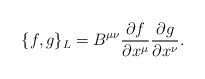
\begin{align*}\{f,g\}_{L}=B^{\mu\nu}\frac{\partial f}{\partial x^\mu}\frac{\partial g}{\partial x^\nu}.\end{align*}